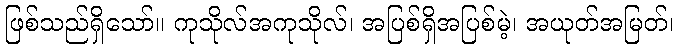
ဖြစ်သည်ရှိသော်။ ကုသိုလ်အကုသိုလ်၊ အပြစ်ရှိအပြစ်မဲ့၊ အယုတ်အမြတ်၊